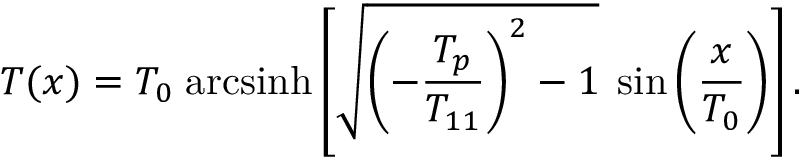
T ( x ) = T _ { 0 } \; \mathrm { a r c s i n h } \left[ \sqrt { \left( - \frac { T _ { p } } { T _ { 1 1 } } \right) ^ { 2 } - 1 } \; \sin \left( \frac { x } { T _ { 0 } } \right) \right] .